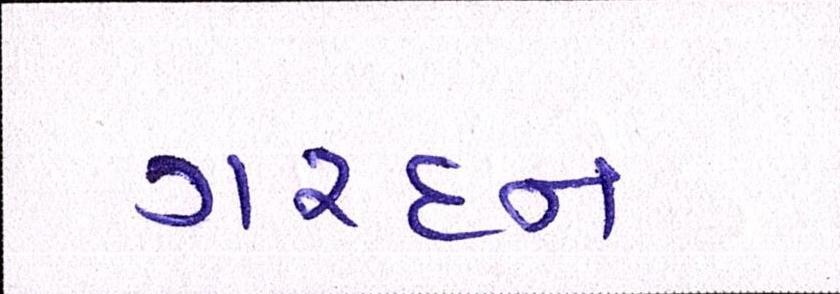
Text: ગરદન